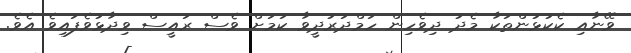
ވޭނާއި ކެކުޅުންތަކާ މެދު ދިވެހިން ހަމްދަރުދީވާ ކަމަށް ވެސް ރައީސް ވިދާޅުވެފައިވެ އެވެ.